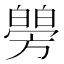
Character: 𤾜